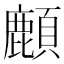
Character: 𩔴